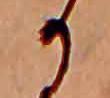
か